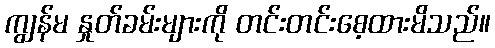
ကျွန်မ နှုတ်ခမ်းများကို တင်းတင်းစေ့ထားမိသည်။